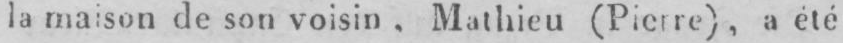
la maison de son voisin, Mathieu (Pierre), a été